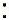
: